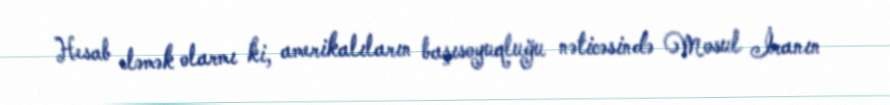
Hesab eləmək olarmı ki, amerikalıların başısoyuqluğu nəticəsində Mosul İranın